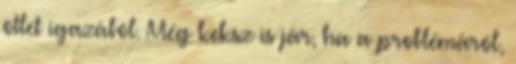
ötlet igazából. Még keksz is jár, ha a problémáról,